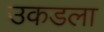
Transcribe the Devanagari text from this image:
उकडला